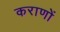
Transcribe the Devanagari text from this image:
कराणों